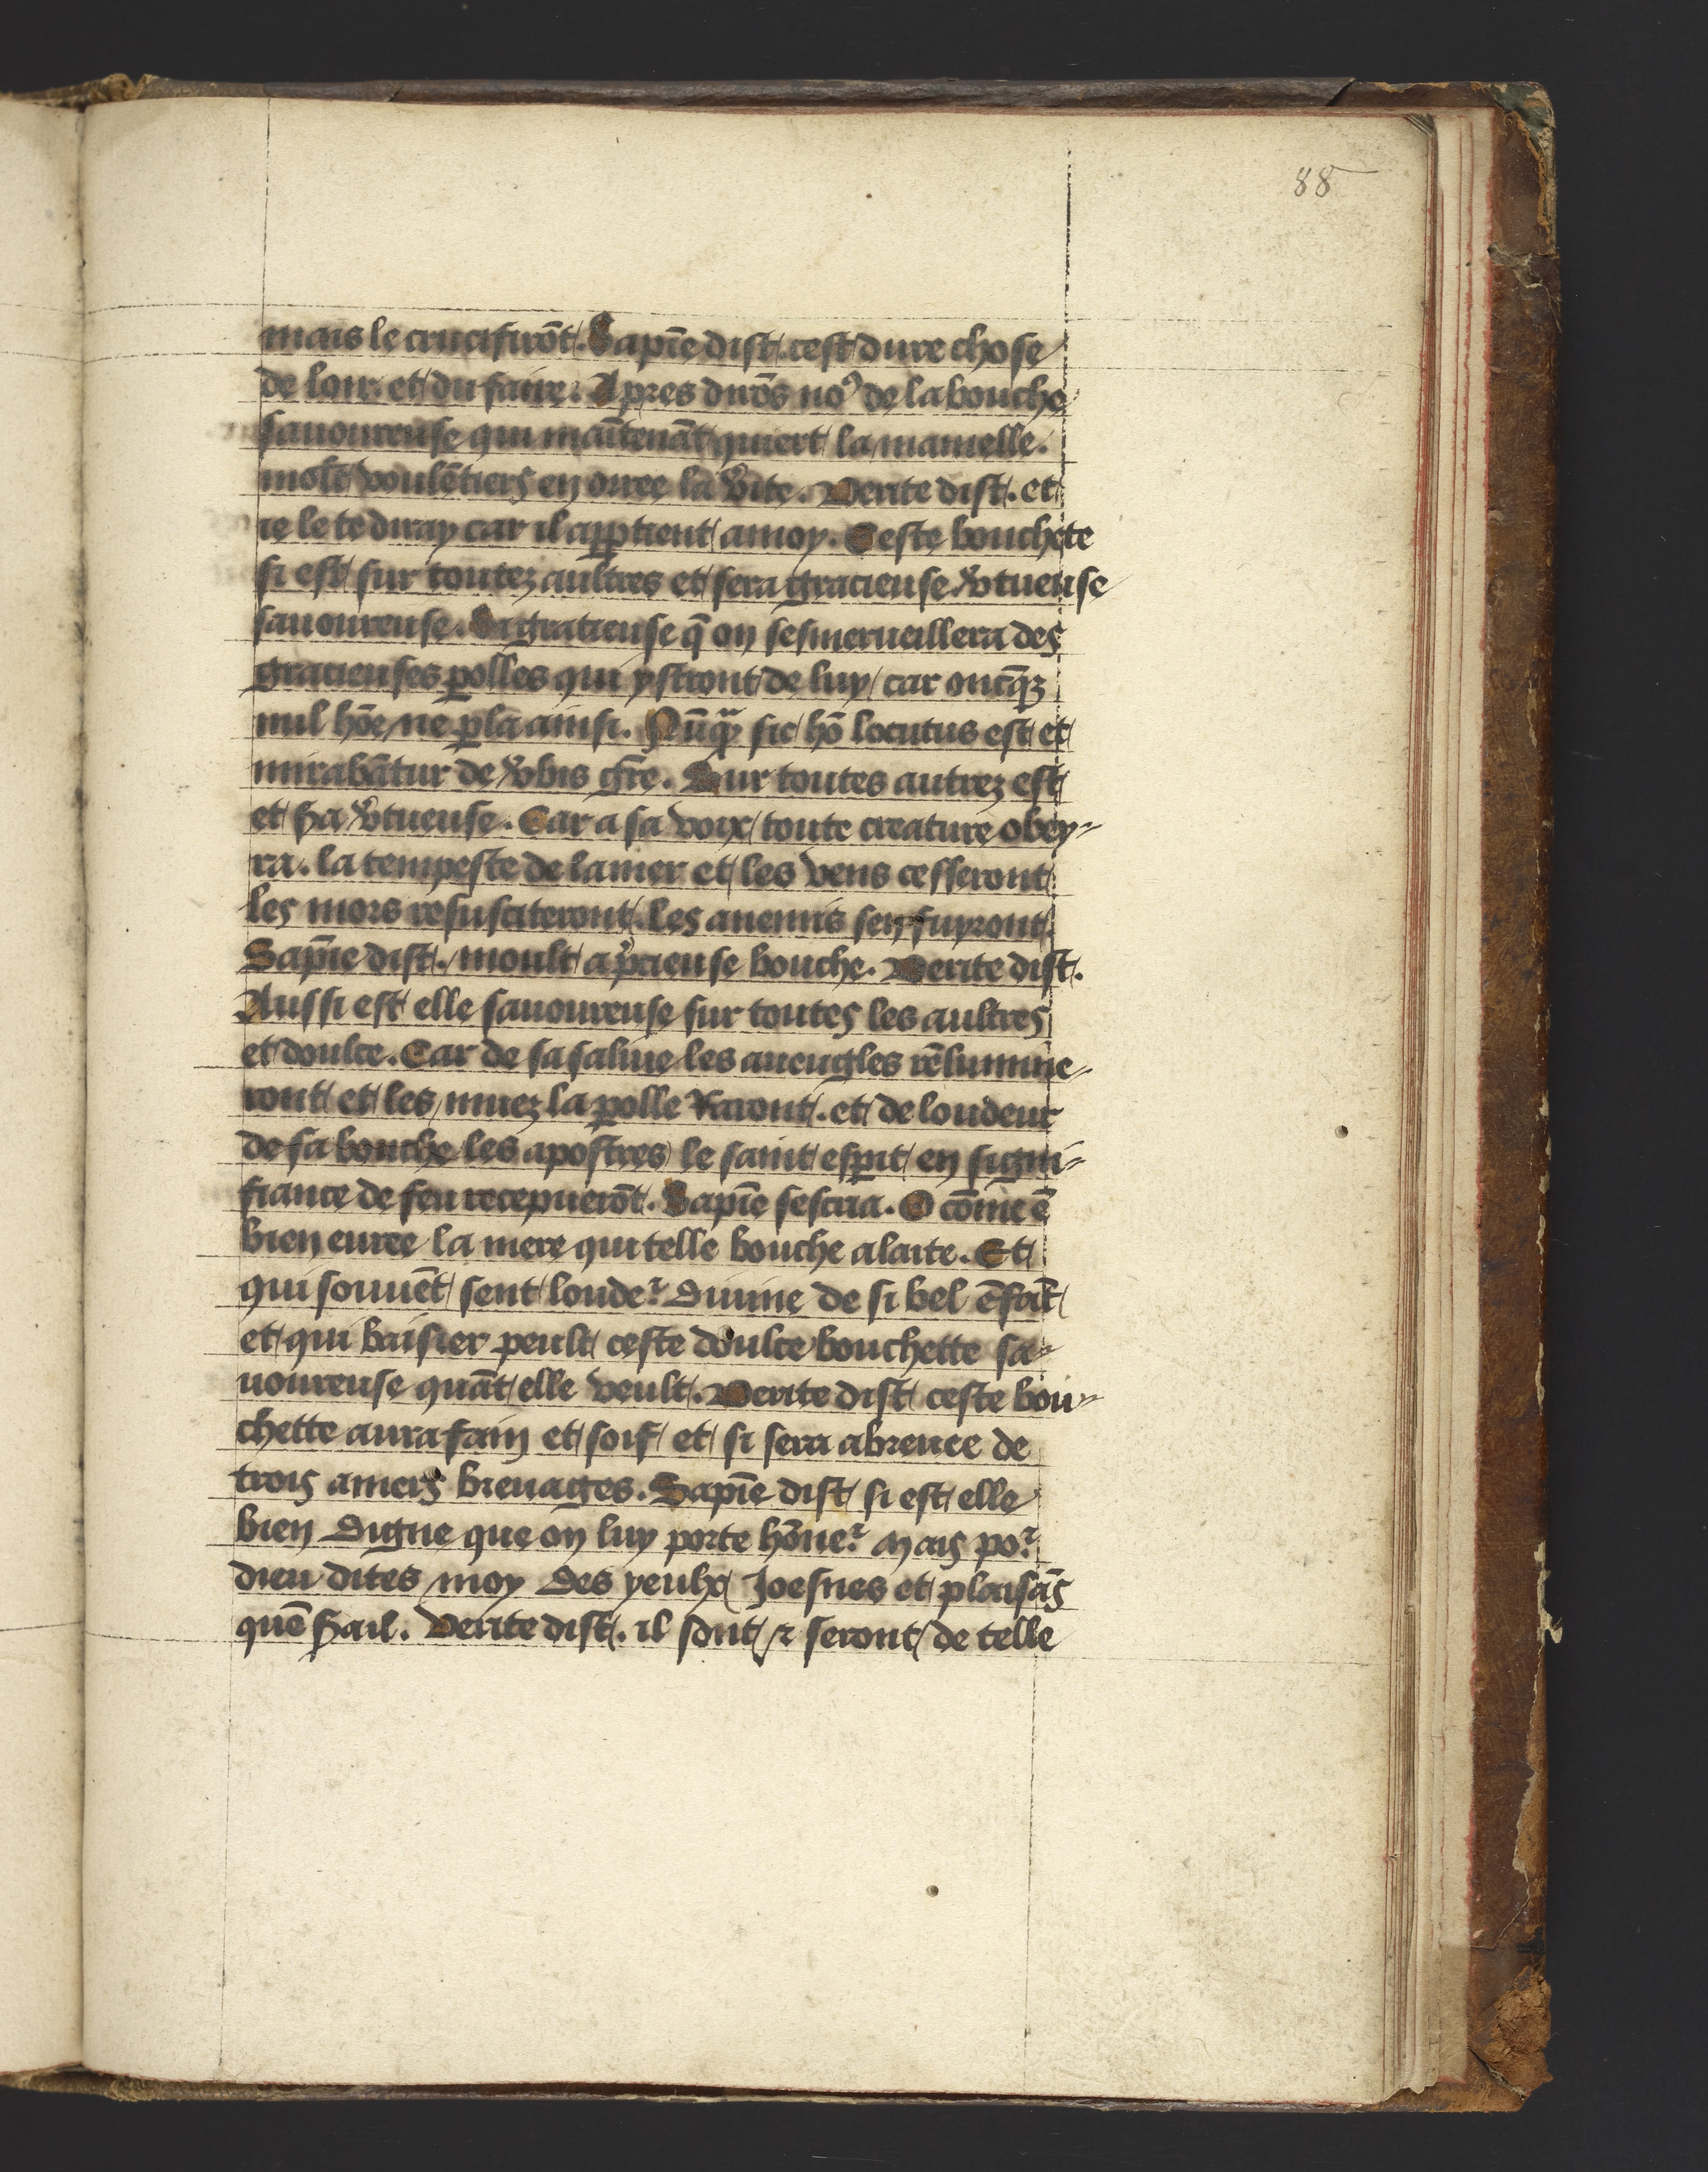
Shelfmark: Philadelphia, University of Pennsylvania, Ms. Codex 660
Century: 14